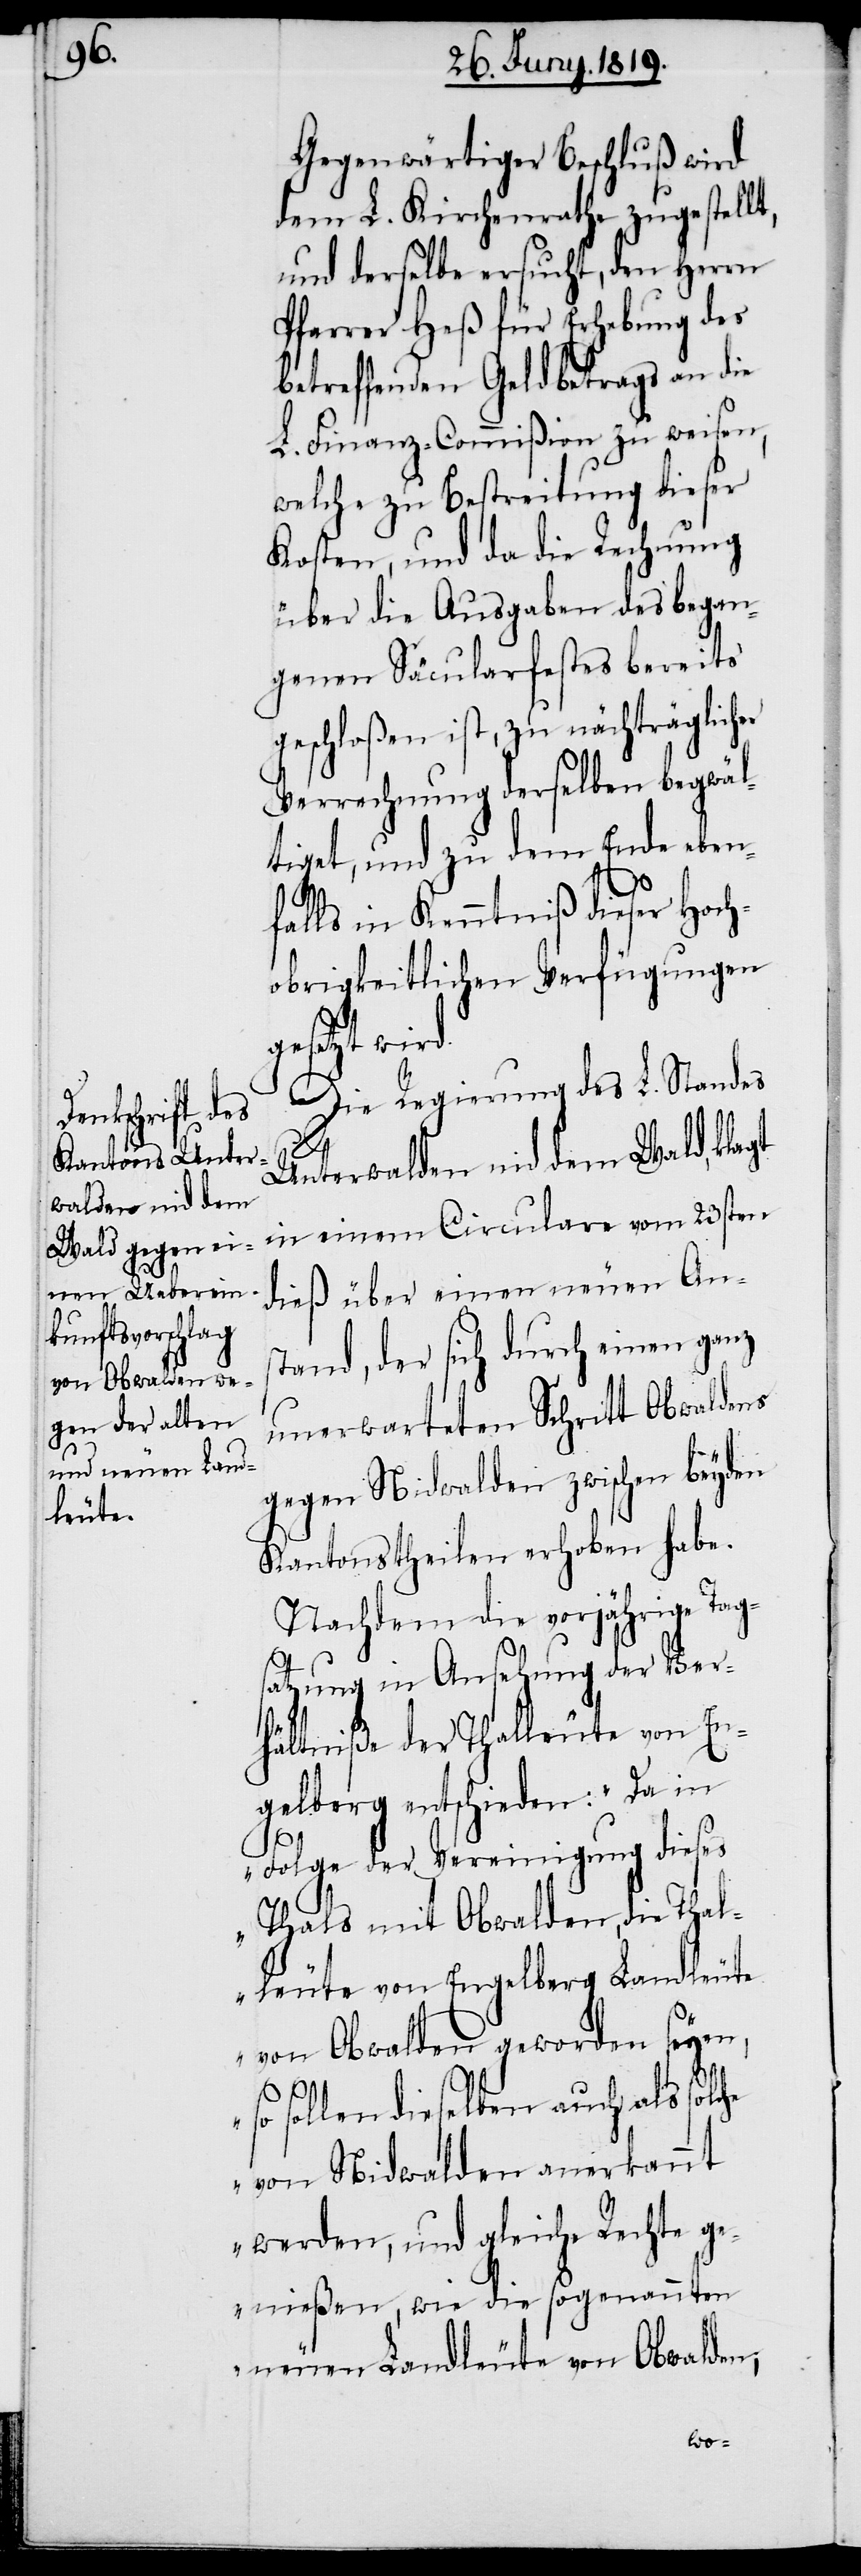
Gegenwärtiger Beschluß wird
dem L. Kirchenrathe zugestellt,
und derselbe ersucht, den Herrn
Pfarrer Heß für Erhebung der
Betreffenden Geldbetrags an die
L. Finanz-Commißion zu weisen,
welche zu Bestreitung dieser
Kosten, und da die Rechnung
über die Ausgaben des began¬
genen Säcularfestes bereits
geschloßen ist, zu nachträglich¬
Verrechnung derselben begwäl¬
tiget, und zu dem Ende eben¬
falls in Kenntniß dieser Hoch¬
obrigkeitlichen Verfügungen
esetzt wird.
Die Regierung des L. Standes
he
Unterwalden nid dem Wald, klagt
in einem Ciculare vom 23sten
dieß über einen neuen Ans¬
tand, der sich durch einen ganz
unerwarteten Schritt Obwaldens
gegen Nidwalden zwischen beyden
Kantonstheilen erhoben habe.
Nachdem die vorjährige Tags¬
satzung in Ansehung der Ver¬
hältniße der Thalleute von En¬
gelberg entschieden: „Da in
Folge der Vereinigung diese¬
s Thals mit Obwalden, die Thal¬
leute von Engelberg Landleute
von Obwalden geworden seyen,
sollen dieselben auch als solc¬
von Nidwalden anerkannt
werden, und gleiche Rechte ge¬
nießen, wie die sogenannten
neuen Landleute von Obwalden,
er